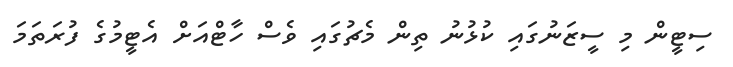
ސިޓީން މި ސީޒަނުގައި ކުޅުނު ތިން މެޗުގައި ވެސް ހާޓްއަށް އެޓީމުގެ ފުރަތަމަ